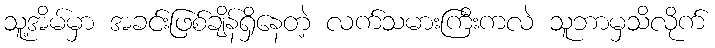
သူ့အိမ်မှာ အခင်းဖြစ်ချိန်ရှိနေတဲ့ လက်သမားကြီးကလဲ သူဘာမှသိလိုက်